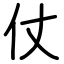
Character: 仗